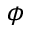
\phi